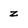
Character: z